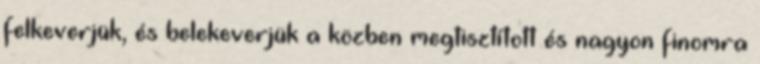
felkeverjük, és belekeverjük a közben megtisztított és nagyon finomra